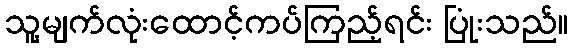
သူ့မျက်လုံးထောင့်ကပ်ကြည့်ရင်း ပြုံးသည်။